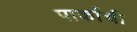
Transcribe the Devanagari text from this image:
पार्कांची